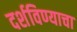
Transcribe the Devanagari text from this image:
दर्शविण्याचा